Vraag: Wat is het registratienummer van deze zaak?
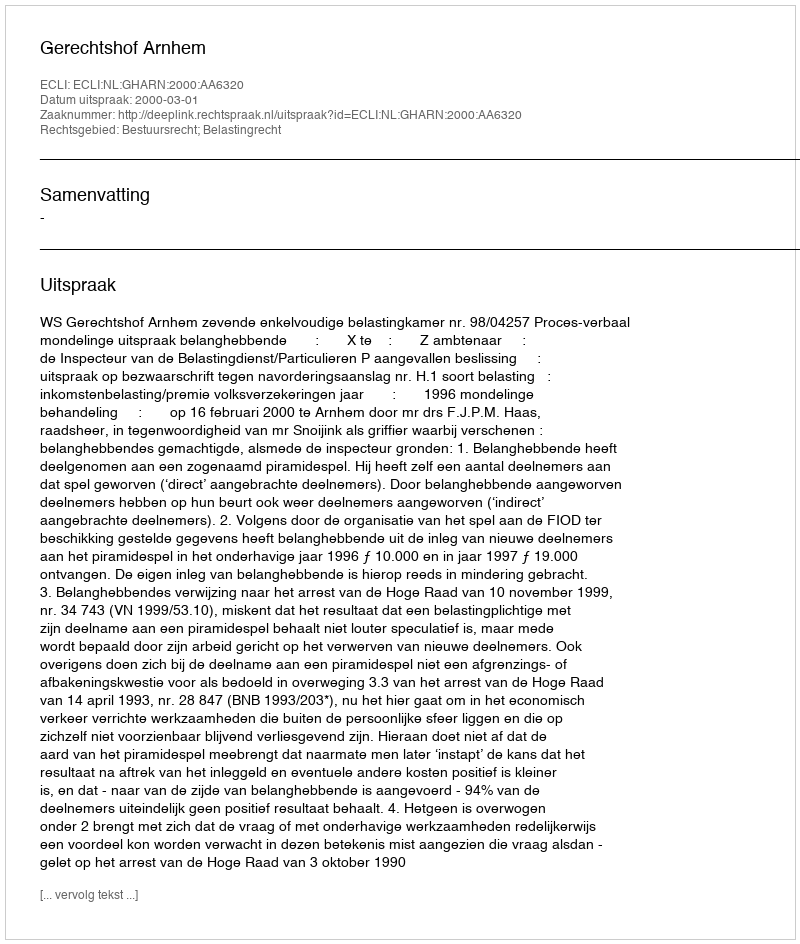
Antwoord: http://deeplink.rechtspraak.nl/uitspraak?id=ECLI:NL:GHARN:2000:AA6320